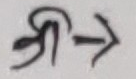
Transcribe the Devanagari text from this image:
श्री